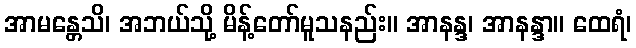
အာမန္တေသိ၊ အဘယ်သို့ မိန့်တော်မူသနည်း။ အာနန္ဒ၊ အာနန္ဒာ။ ထေရံ၊